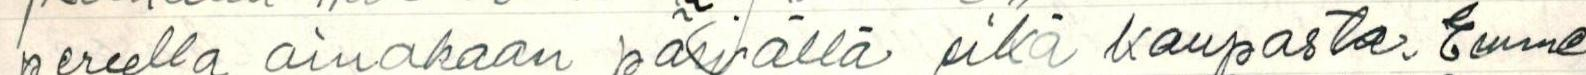
pereella ainakaan päivällä eikä kaupasta. Emme